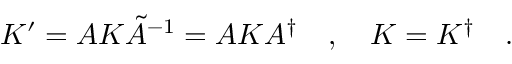
K ^ { \prime } = A K \tilde { A } ^ { - 1 } = A K A ^ { \dagger } \quad , \quad K = K ^ { \dagger } \quad .